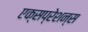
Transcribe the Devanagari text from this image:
एक्सप्रेशन्स